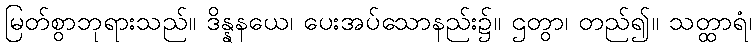
မြတ်စွာဘုရားသည်။ ဒိန္နနယေ၊ ပေးအပ်သောနည်း၌။ ဌတွာ၊ တည်၍။ သတ္ထာရံ၊